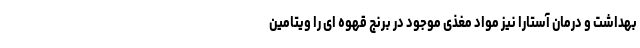
بهداشت و درمان آستارا نیز مواد مغذی موجود در برنج قهوه ای را ویتامین